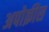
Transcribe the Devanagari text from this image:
अपोक्रीस